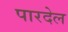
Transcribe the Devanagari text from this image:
पारदेल